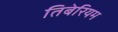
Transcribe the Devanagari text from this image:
तिबेरियम